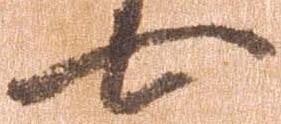
七